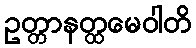
ဥတ္တာနတ္ထမေဝါတိ